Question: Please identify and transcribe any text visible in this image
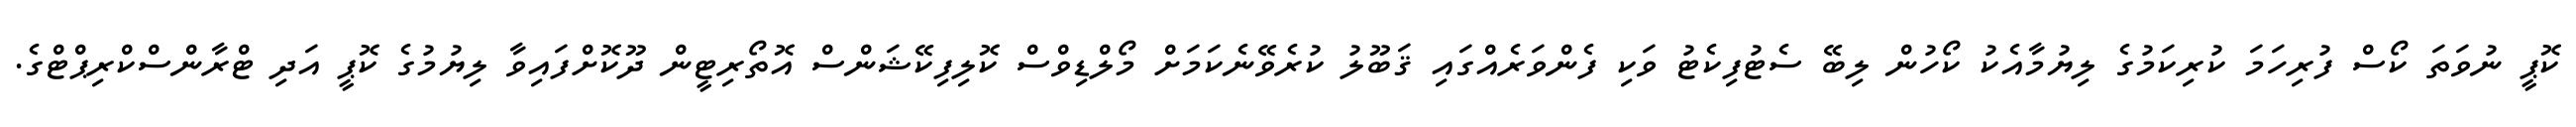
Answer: ކޮޕީ ނުވަތަ ކޯސް ފުރިހަމަ ކުރިކަމުގެ ލިޔުމާއެކު ކޯހުން ލިބޭ ސެޓުފިކެޓު ވަކި ފެންވަރެއްގައި ޤަބޫލު ކުރެވޭނެކަމަށް މޯލްޑިވްސް ކޮލިފިކޭޝަންސް އޮތޯރިޓީން ދޫކޮށްފައިވާ ލިޔުމުގެ ކޮޕީ އަދި ޓްރާންސްކްރިޕްޓްގެ.